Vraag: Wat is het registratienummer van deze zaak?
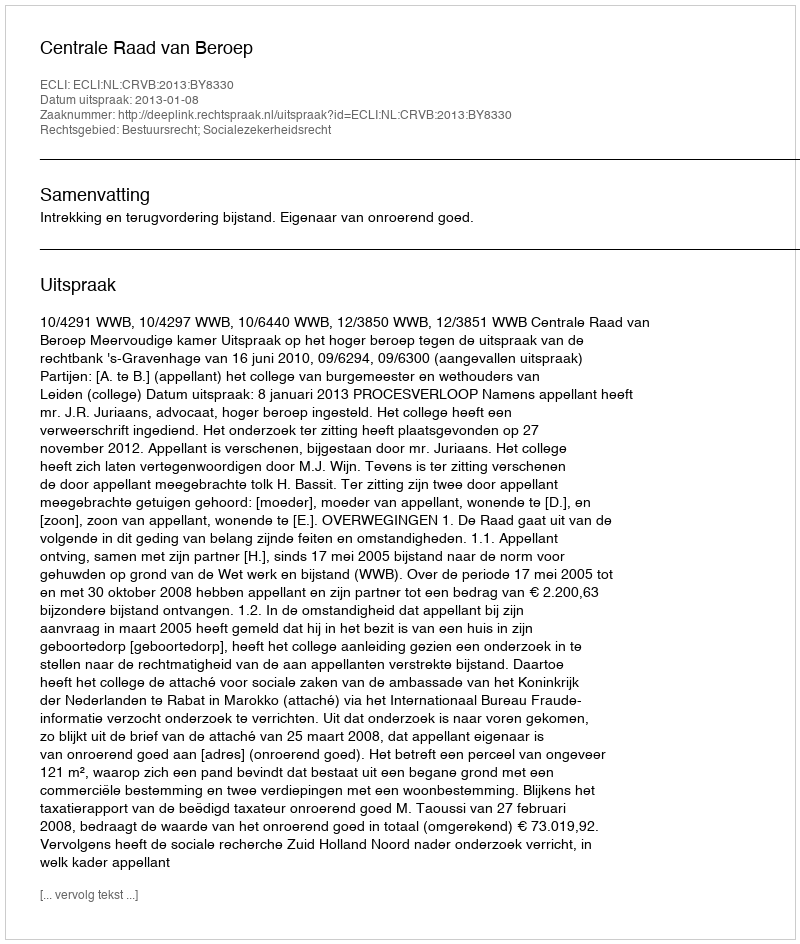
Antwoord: http://deeplink.rechtspraak.nl/uitspraak?id=ECLI:NL:CRVB:2013:BY8330